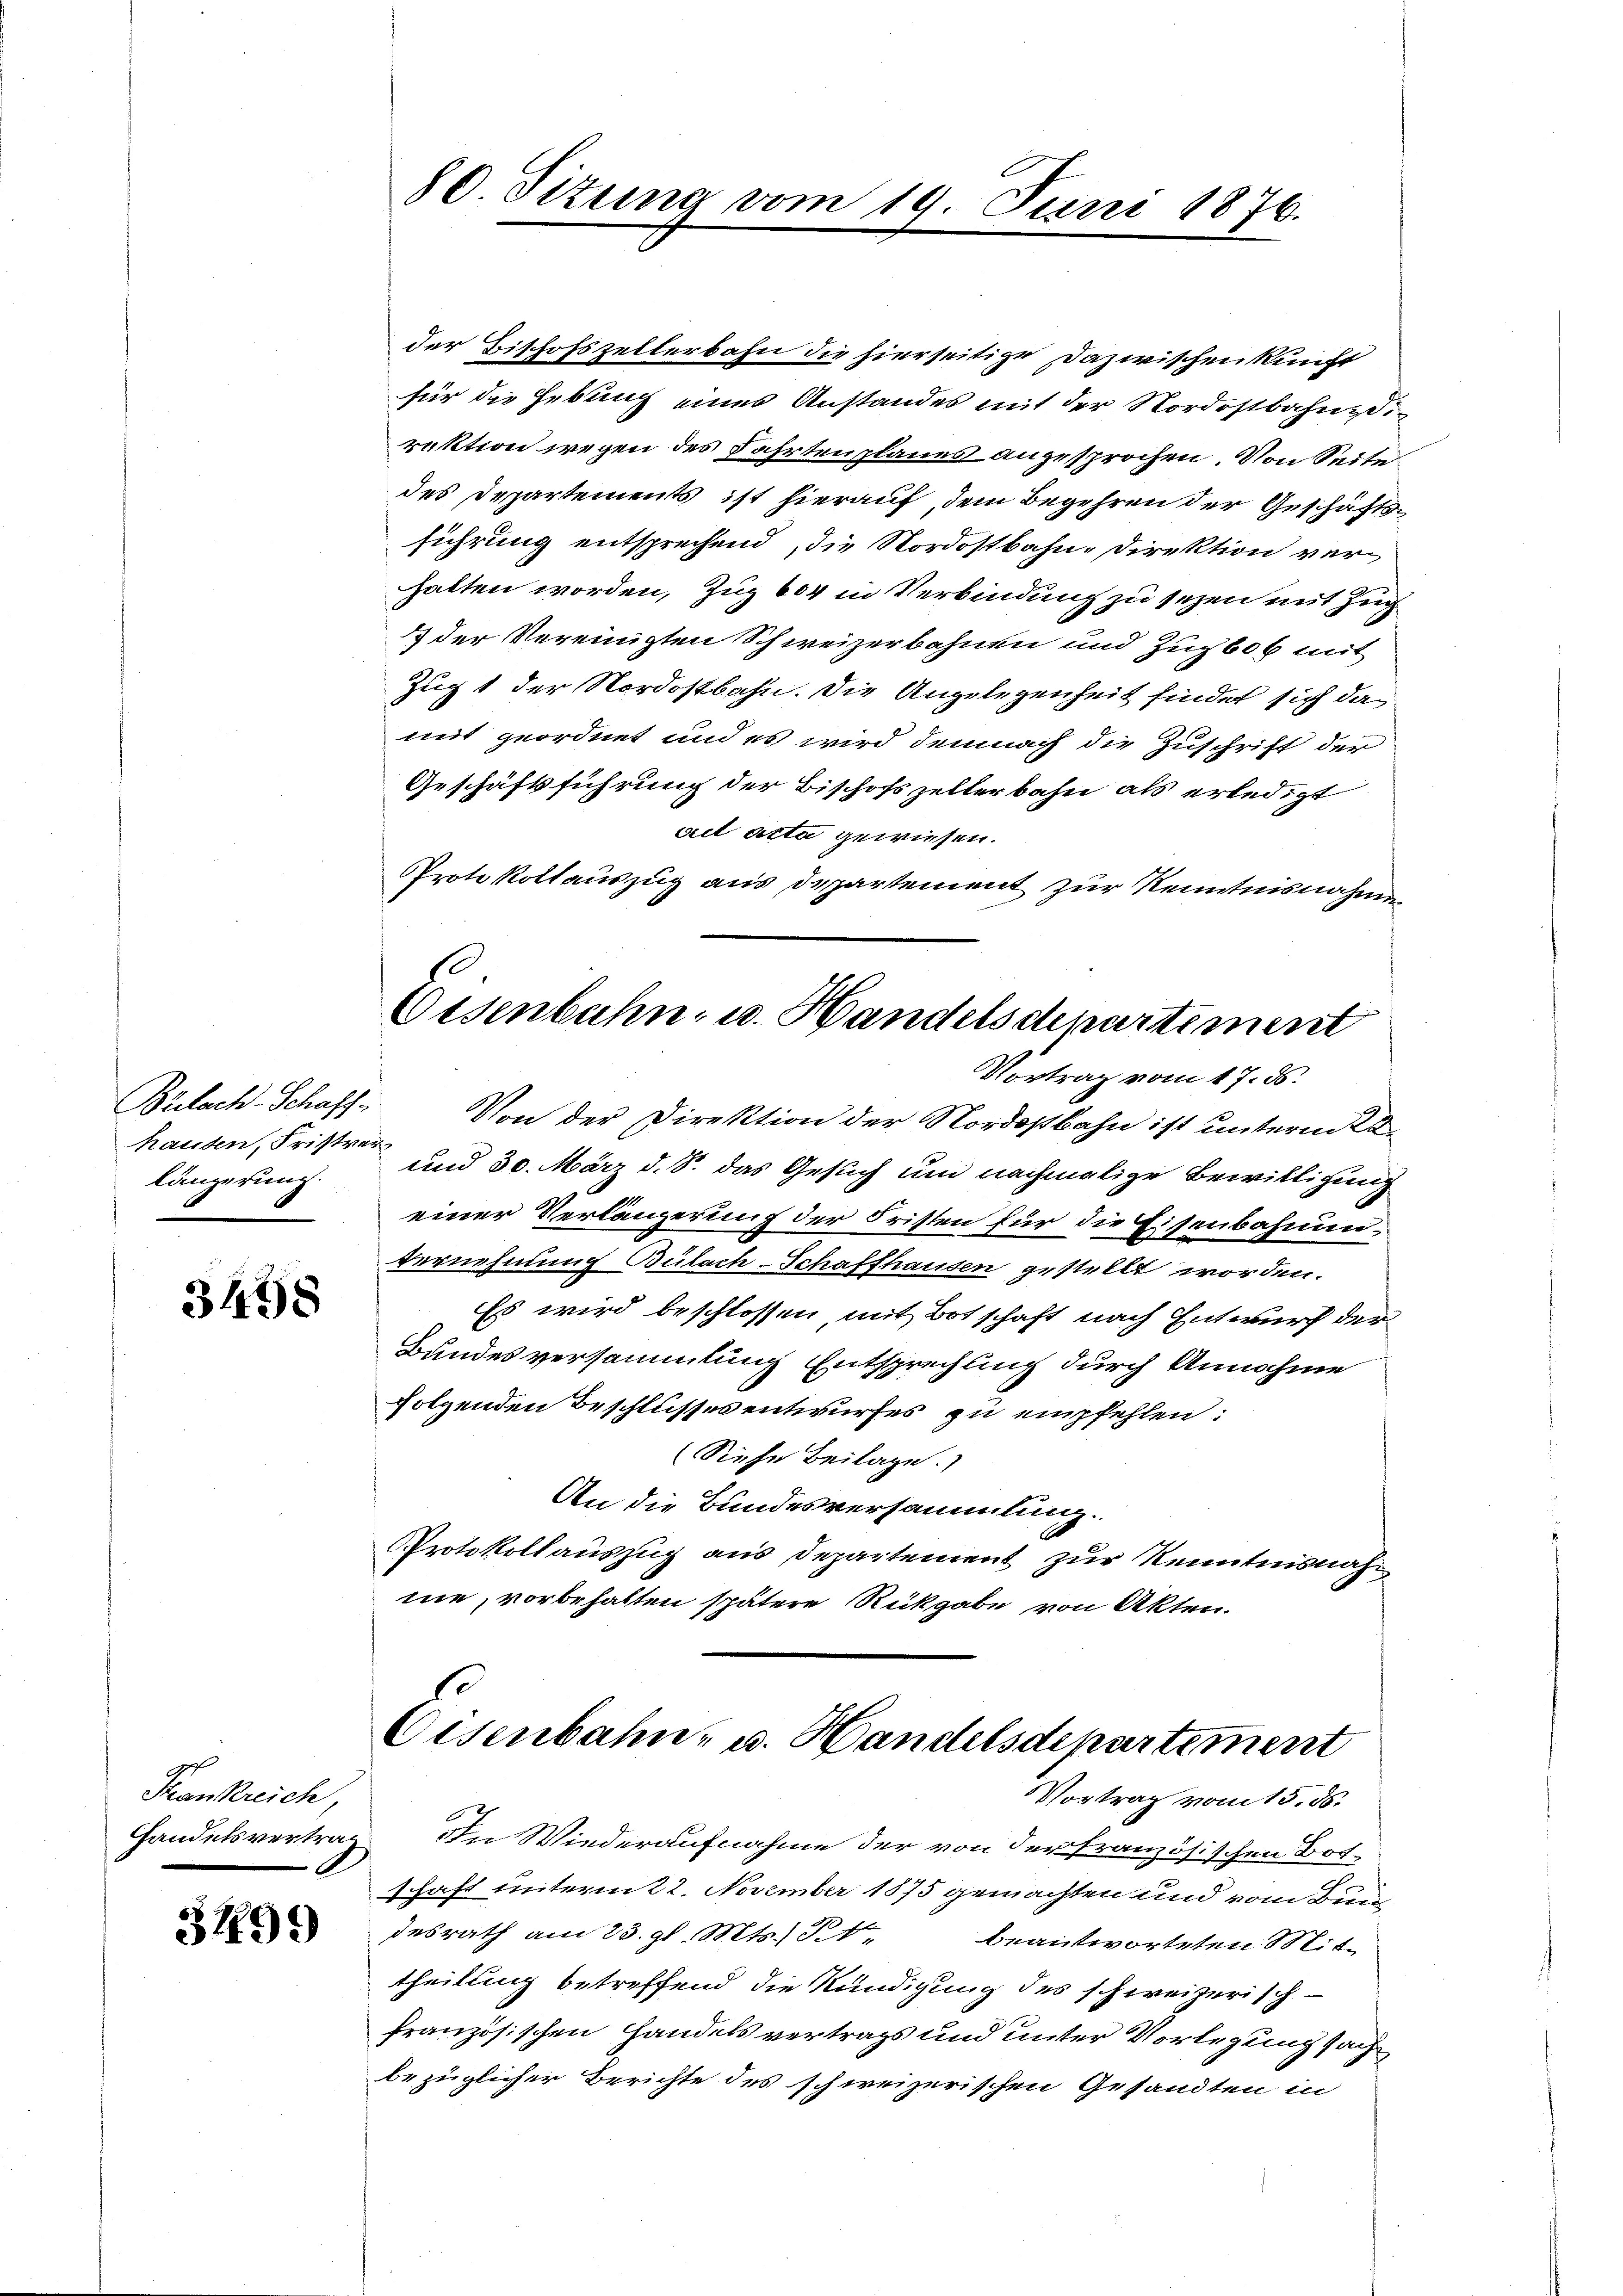
hausen, Fristver¬
Längerung.

3498

97
Skankreich,

3799

80. Situng vom 19. Juni 1876.

der Bischofszellerbahn die hierseitige Dazwischenkunft
für die Hebung eines Anstandes mit der Nordostbahndirektion wegen des Fahrtenplanes angesprochen. Von Seite
des Departements ist hierauf, dem Begehren der Geschäftsführung entsprechend, die Nordostbahn-Direktion verhalten worden, Zug 604 in Verbindung zu sezen mit Zug
A
1 der Vereinigten Schweizerbahnen und Zug bot mit
Zug 1 der Nordostbahn. Die Angelegenheit findet sich damit geordnet und es wird demnach die Zuschrift der
Geschäftsführung der Bischofszellerbahn als erledigt
viel acta gewiesen.
Protokollauszug aus Departement zur Kenntnisnahmen
E

Eisenbahn- u. Handelschpartement
Vortrag vom 17. ds.

Bülach-Schaft. Von der Direktion der Nordostbahn ist unterm 22.
und 30. März d. S. das Gesuch um nachmalige Bewilligung
einer Verlängerung der Fristen für die Eisenbahnen¬
Vernehmung Bülach–Schaffhausen gestellt worden.
Es wird beschlossen, mit Botschaft nach Entwurf der
Bundesversammlung Entsprechung durch Annahme
folgenden Beschlussesentwurfes zu empfehlen:
Siehe Beilage.
An die Bundesversammlung.
Protokollauszug aus Departement zur Kenntnisnahme, vorbehalten spätere Rückgabe von Akten.

Eisenbahn- u. Handelsdepartement
Vortrag vom 15. ds.

Handelsvertrag In Wiederaufnahme der von der französischen Bot-
shaft unterm 22. November 1875 gemachten und vom Bundesrath am 23. gl. Mts. 31. beantworteten Mittheilung betreffend die Kündigung des schweizerisch-
französischen Handels vertrags und unter Vorlegung sachbezüglicher Berichte des schweizerischen Gesandten in